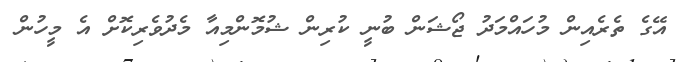
އޭގެ ތެރެއިން މުހައްމަދު ޖޯޝަން ބުނީ ކުރިން ޝުމޮންމިއާ މެދުވެރިކޮށް އެ މީހުން